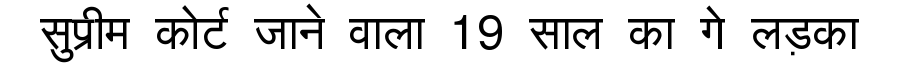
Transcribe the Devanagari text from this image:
सुप्रीम कोर्ट जाने वाला 19 साल का गे लड़का